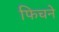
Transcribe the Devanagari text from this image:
फिचने